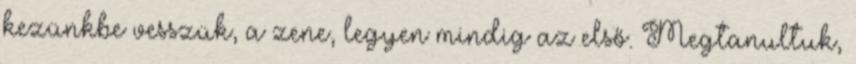
kezünkbe vesszük, a zene, legyen mindig az első. Megtanultuk,